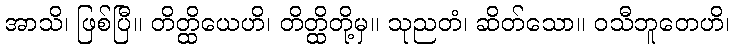
အာသိ၊ ဖြစ်ပြီ။ တိတ္ထိယေဟိ၊ တိတ္ထိတို့မှ။ သုညတံ၊ ဆိတ်သော။ ဝသီဘူတေဟိ၊